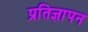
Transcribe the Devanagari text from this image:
प्रतिज्ञापन